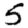
Digit: 5